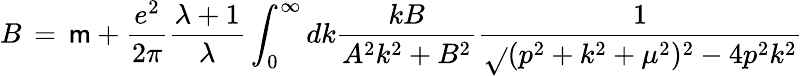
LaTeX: B\, =\, \mathsf{m}+\frac{{e^{2}}}{{2\pi}}\frac{{\lambda+1}}{{\lambda}}\int_{0}^{\infty}dk\frac{{kB}}{{A^{2}k^{2}+B^{2}}}\frac{{1}}{{\sqrt{}{{(p^{2}+k^{2}+\mu^{2})^{2}-4p^{2}k^{2}}}}}